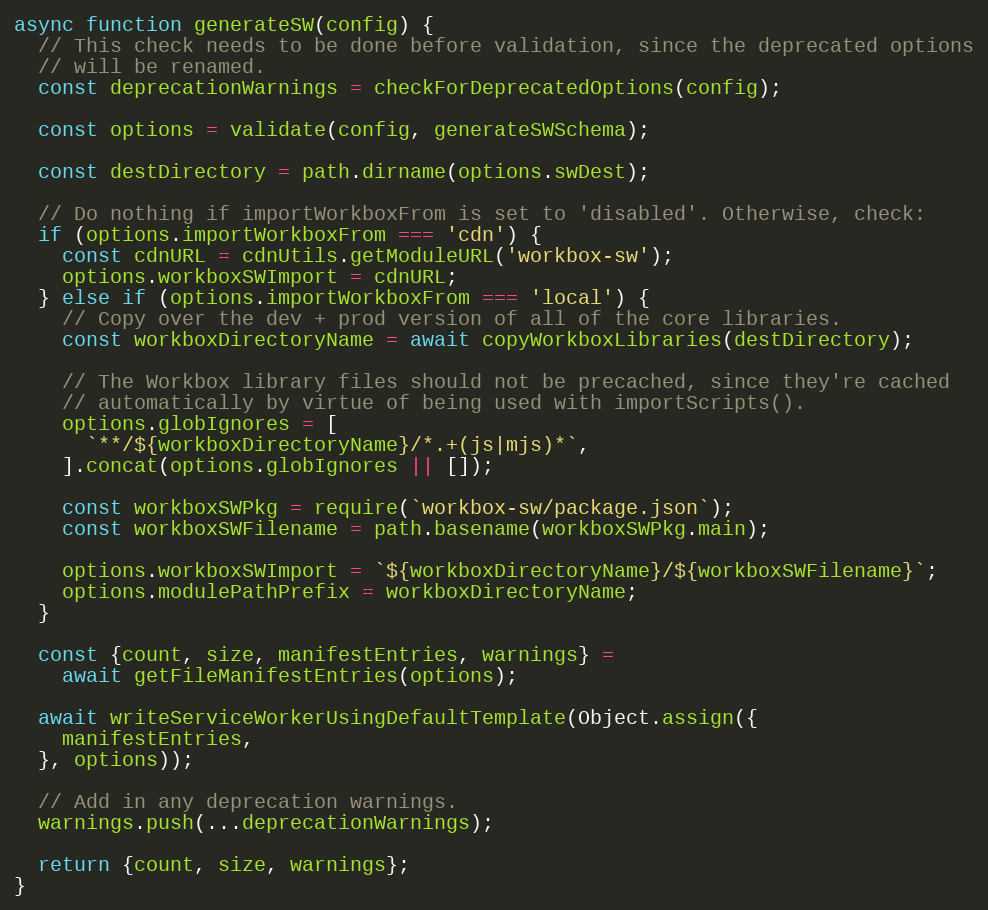
Language: JavaScript
async function generateSW(config) {
  // This check needs to be done before validation, since the deprecated options
  // will be renamed.
  const deprecationWarnings = checkForDeprecatedOptions(config);

  const options = validate(config, generateSWSchema);

  const destDirectory = path.dirname(options.swDest);

  // Do nothing if importWorkboxFrom is set to 'disabled'. Otherwise, check:
  if (options.importWorkboxFrom === 'cdn') {
    const cdnURL = cdnUtils.getModuleURL('workbox-sw');
    options.workboxSWImport = cdnURL;
  } else if (options.importWorkboxFrom === 'local') {
    // Copy over the dev + prod version of all of the core libraries.
    const workboxDirectoryName = await copyWorkboxLibraries(destDirectory);

    // The Workbox library files should not be precached, since they're cached
    // automatically by virtue of being used with importScripts().
    options.globIgnores = [
      `**/${workboxDirectoryName}/*.+(js|mjs)*`,
    ].concat(options.globIgnores || []);

    const workboxSWPkg = require(`workbox-sw/package.json`);
    const workboxSWFilename = path.basename(workboxSWPkg.main);

    options.workboxSWImport = `${workboxDirectoryName}/${workboxSWFilename}`;
    options.modulePathPrefix = workboxDirectoryName;
  }

  const {count, size, manifestEntries, warnings} =
    await getFileManifestEntries(options);

  await writeServiceWorkerUsingDefaultTemplate(Object.assign({
    manifestEntries,
  }, options));

  // Add in any deprecation warnings.
  warnings.push(...deprecationWarnings);

  return {count, size, warnings};
}